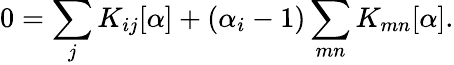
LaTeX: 0=\sum_{j}K_{ij}[\alpha]+(\alpha_{i}-1)\sum_{mn}K_{mn}[\alpha].